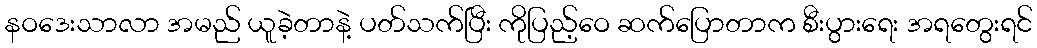
နဝဒေးသာလာ အမည် ယူခဲ့တာနဲ့ ပတ်သက်ပြီး ကိုပြည့်ဝေ ဆက်ပြောတာက စီးပွားရေး အရတွေးရင်